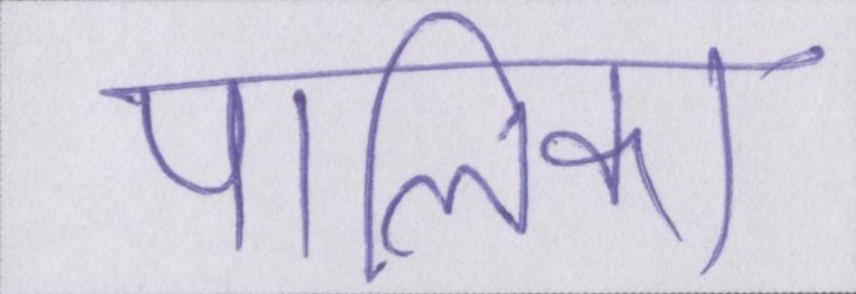
पालिका